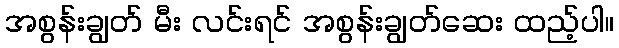
အစွန်းချွတ် မီး လင်းရင် အစွန်းချွတ်ဆေး ထည့်ပါ။